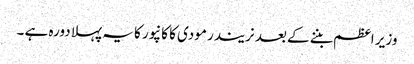
وزیر اعظم بننے کے بعد نریندر مودی کا کانپور کا یہ پہلا دورہ ہے ۔